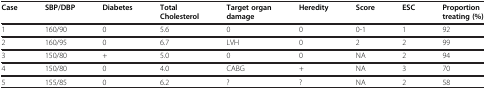
<table><thead><tr><td><b>Case</b></td><td><b>SBP/DBP</b></td><td><b>Diabetes</b></td><td><b>Total Cholesterol</b></td><td><b>Target organ damage</b></td><td><b>Heredity</b></td><td><b>Score</b></td><td><b>ESC</b></td><td><b>Proportion treating (%)</b></td></tr></thead><tbody><tr><td>1</td><td>160/90</td><td>0</td><td>5.6</td><td>0</td><td>0</td><td>0-1</td><td>1</td><td>92</td></tr><tr><td>2</td><td>160/95</td><td>0</td><td>6.7</td><td>LVH</td><td>0</td><td>2</td><td>2</td><td>99</td></tr><tr><td>3</td><td>150/80</td><td>+</td><td>5.0</td><td>0</td><td>0</td><td>NA</td><td>2</td><td>94</td></tr><tr><td>4</td><td>150/80</td><td>0</td><td>4.0</td><td>CABG</td><td>+</td><td>NA</td><td>3</td><td>70</td></tr><tr><td>5</td><td>155/85</td><td>0</td><td>6.2</td><td>?</td><td>?</td><td>NA</td><td>2</td><td>58</td></tr></tbody></table>